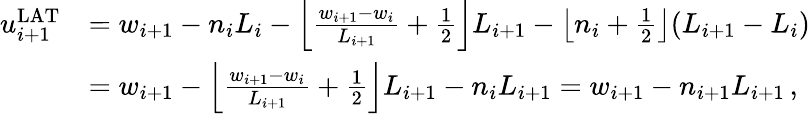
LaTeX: \begin{array}{rl}{u_{i+1}^{\mathrm{LAT}}}&{=w_{i+1}-n_{i}L_{i}-\left\lfloor\frac{w_{i+1}-w_{i}}{L_{i+1}}+\frac{1}{2}\right\rfloor L_{i+1}-\left\lfloor n_{i}+\frac{1}{2}\right\rfloor(L_{i+1}-L_{i})}\\ &{=w_{i+1}-\left\lfloor\frac{w_{i+1}-w_{i}}{L_{i+1}}+\frac{1}{2}\right\rfloor L_{i+1}-n_{i}L_{i+1}=w_{i+1}-n_{i+1}L_{i+1}\, ,}\end{array}